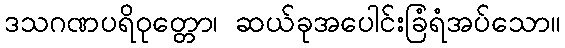
ဒသဂဏပရိဝုတ္တော၊ ဆယ်ခုအပေါင်းခြံရံအပ်သော။